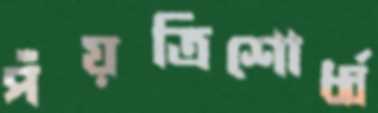
পঁয়ত্রিশোর্ধ্ব